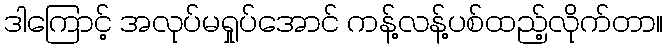
ဒါကြောင့် အလုပ်မရှုပ်အောင် ကန့်လန့်ပစ်ထည့်လိုက်တာ။